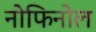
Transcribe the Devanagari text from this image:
नोफिनोल